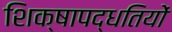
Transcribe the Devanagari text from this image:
शिक्षापद्धतियों